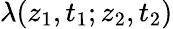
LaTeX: \lambda(z_{1},t_{1};z_{2},t_{2})